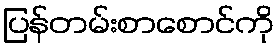
ပြန်တမ်းစာစောင်ကို